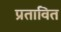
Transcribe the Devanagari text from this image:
प्रतावित